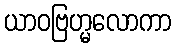
ယာဝဗြဟ္မလောကာ